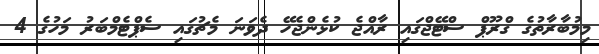
މިމުބާރާތުގެ ގްރޫޕް ސްޓޭޖްގައި ރާއްޖެ ކުޅެންޖެހޭ ދެވަނަ މެޗުގައި ސެޕްޓެމްބަރު މަހުގެ 4